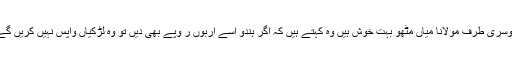
دوسری طرف مولانا میاں مٹھو بہت خوش ہیں وہ کہتے ہیں کہ اگر ہندو اْسے اربوں ر وپے بھی دیں تو وہ لڑکیاں واپس نہیں کریں گے۔